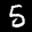
Label: 5